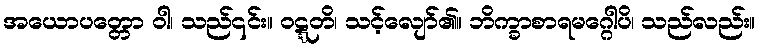
အယောပတ္တော ဝါ၊ သည်၎င်း။ ဝဋ္ဋတိ၊ သင့်လျော်၏။ ဘိက္ခာစာရမဂ္ဂေါပိ၊ သည်လည်း။